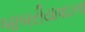
બાબરીયાવાડના